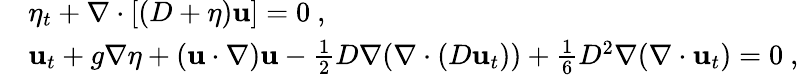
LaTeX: \begin{array}{rl}&{\eta_{t}+\nabla\cdot[(D+\eta)\mathbf{u}]=0\ ,}\\ &{{\mathbf u}_{t}+g\nabla\eta+(\mathbf{u}\cdot\nabla)\mathbf{u}-\frac{1}{2}D\nabla(\nabla\cdot(D\mathbf{u}_{t}))+\frac{1}{6}D^{2}\nabla(\nabla\cdot\mathbf{u}_{t})=0\ ,}\end{array}